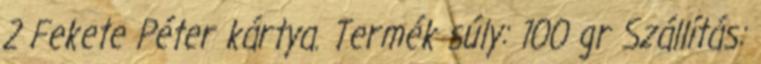
2 Fekete Péter kártya. Termék súly: 100 gr Szállítás: